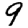
Digit: 9